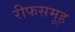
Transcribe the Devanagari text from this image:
रीफसमूह